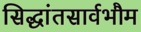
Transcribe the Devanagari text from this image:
सिद्धांतसार्वभौम